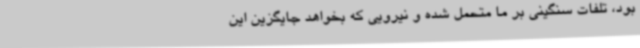
بود، تلفات سنگینی بر ما متحمل شده و نیرویی که بخواهد جایگزین این